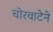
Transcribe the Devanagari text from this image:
चोरवाटेने